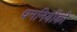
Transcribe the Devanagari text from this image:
धमनियोंको